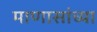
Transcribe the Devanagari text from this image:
माणासांच्या